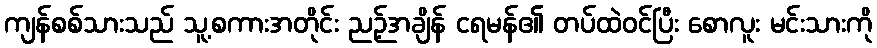
ကျန်စစ်သားသည် သူ့စကားအတိုင်း ညဉ့်အချိန် ငရမန်၏ တပ်ထဲဝင်ပြီး စောလူး မင်းသားကို